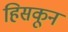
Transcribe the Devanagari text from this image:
हिसकून